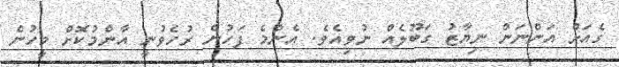
ގެއަށް އަންނަން ނިޔާޒު ގަބޫލެއް ނުވިއެވެ. އެންމެ ފަހުން ރުހެވުނީ އާންމުކޮށް މީހުން